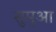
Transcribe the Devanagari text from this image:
सुमुआ